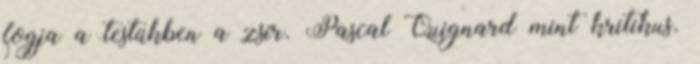
fogja a testükben a zsír. Pascal Quignard mint kritikus.